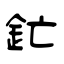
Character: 釯